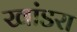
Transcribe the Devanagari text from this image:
खांडरा